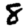
Digit: 8